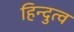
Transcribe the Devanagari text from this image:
हिन्‍दुत्‍व